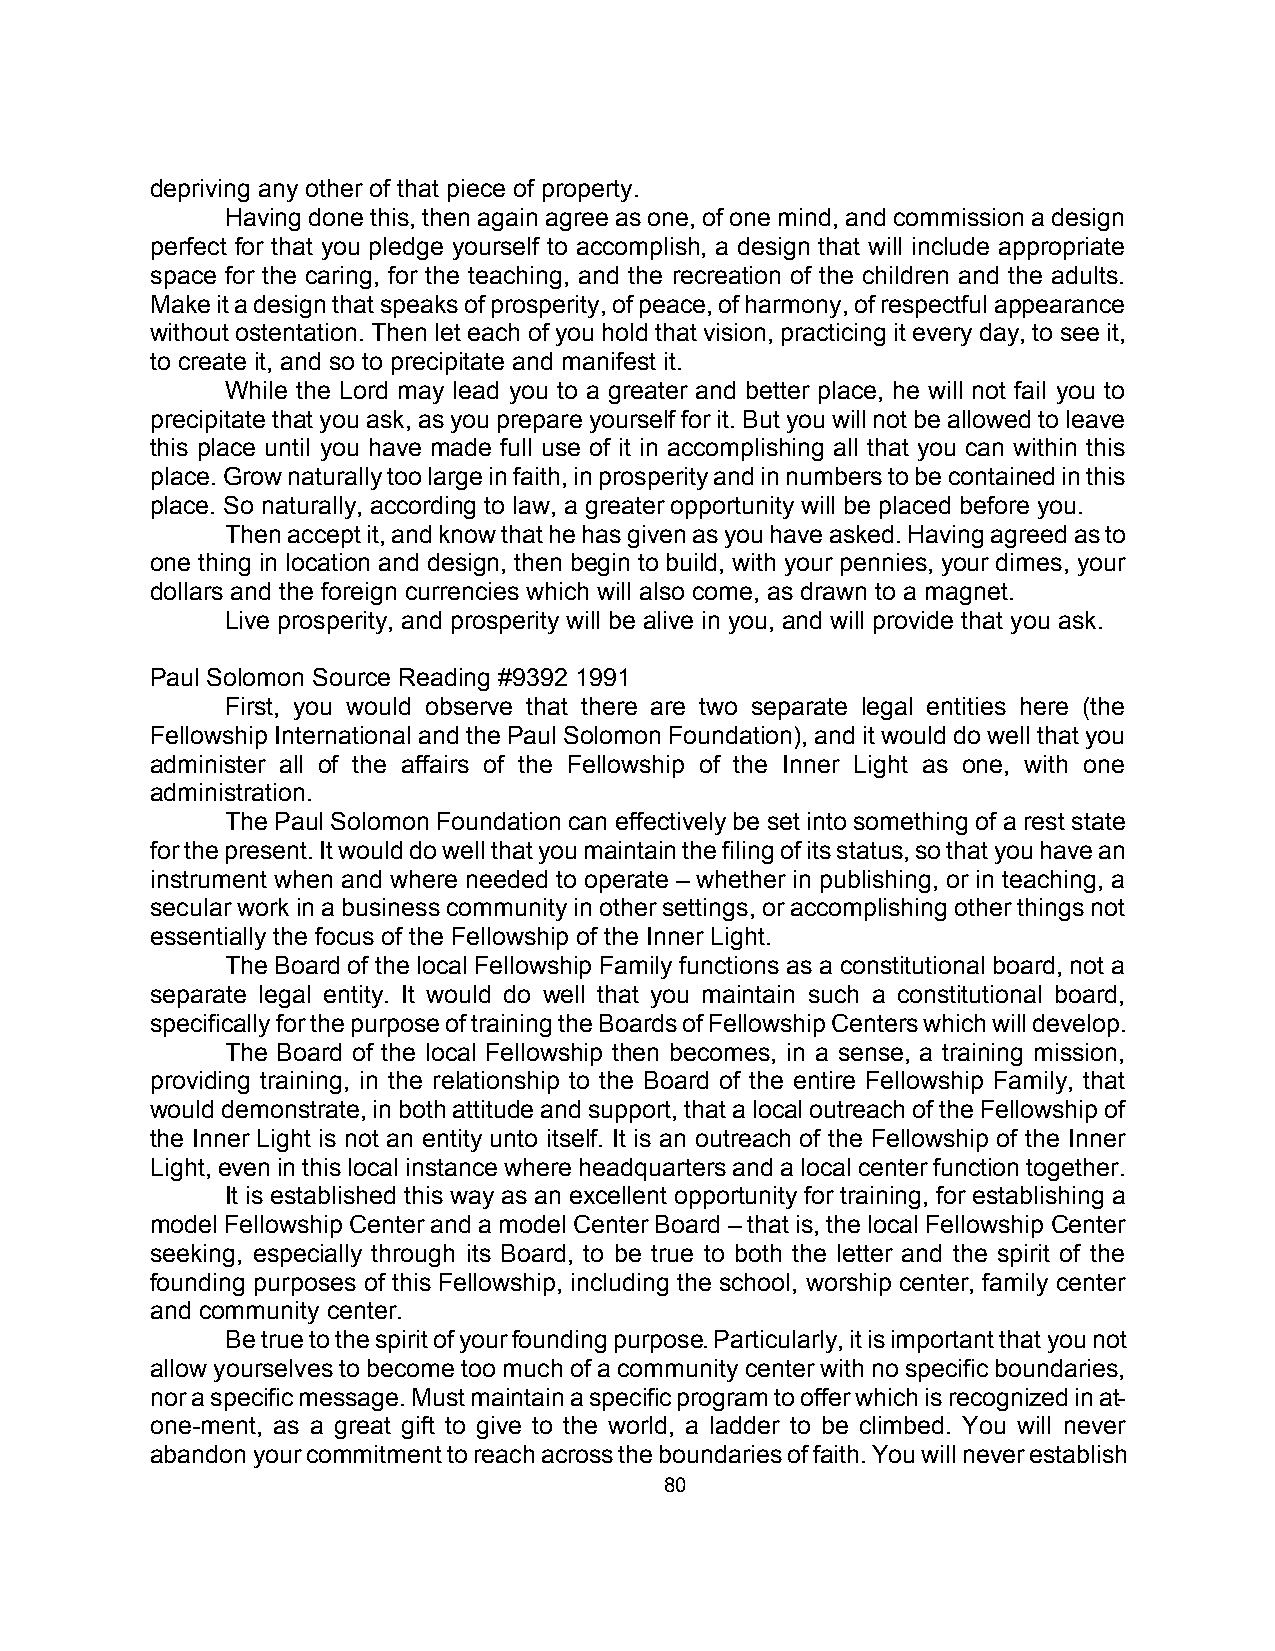
depriving any other of that piece of property.
 Having done this, then again agree as one, of one mind, and commission a design
 perfect for that you pledge yourself to accomplish, a design that will include appropriate
 space for the caring, for the teaching, and the recreation of the children and the adults.
 Make it a design that speaks of prosperity, of peace, of harmony, of respectful appearance
 without ostentation. Then let each of you hold that vision, practicing it every day, to see it,
 to create it, and so to precipitate and manifest it.
 While the Lord may lead you to a greater and better place, he will not fail you to
 precipitate that you ask, as you prepare yourself for it. But you will not be allowed to leave
 this place until you have made full use of it in accomplishing all that you can within this
 place. Grow naturally too large in faith, in prosperity and in numbers to be contained in this
 place. So naturally, according to law, a greater opportunity will be placed before you.
 Then accept it, and know that he has given as you have asked. Having agreed as to
 one thing in location and design, then begin to build, with your pennies, your dimes, your
 dollars and the foreign currencies which will also come, as drawn to a magnet.
 Live prosperity, and prosperity will be alive in you, and will provide that you ask.
 Paul Solomon Source Reading #9392 1991
 First, you would observe that there are two separate legal entities here (the
 Fellowship International and the Paul Solomon Foundation), and it would do well that you
 administer all of the affairs of the Fellowship of the Inner Light as one, with one
 administration.
 The Paul Solomon Foundation can effectively be set into something of a rest state
 for the present. It would do well that you maintain the filing of its status, so that you have an
 instrument when and where needed to operate – whether in publishing, or in teaching, a
 secular work in a business community in other settings, or accomplishing other things not
 essentially the focus of the Fellowship of the Inner Light.
 The Board of the local Fellowship Family functions as a constitutional board, not a
 separate legal entity. It would do well that you maintain such a constitutional board,
 specifically for the purpose of training the Boards of Fellowship Centers which will develop.
 The Board of the local Fellowship then becomes, in a sense, a training mission,
 providing training, in the relationship to the Board of the entire Fellowship Family, that
 would demonstrate, in both attitude and support, that a local outreach of the Fellowship of
 the Inner Light is not an entity unto itself. It is an outreach of the Fellowship of the Inner
 Light, even in this local instance where headquarters and a local center function together.
 It is established this way as an excellent opportunity for training, for establishing a
 model Fellowship Center and a model Center Board – that is, the local Fellowship Center
 seeking, especially through its Board, to be true to both the letter and the spirit of the
 founding purposes of this Fellowship, including the school, worship center, family center
 and community center.
 Be true to the spirit of your founding purpose. Particularly, it is important that you not
 allow yourselves to become too much of a community center with no specific boundaries,
 nor a specific message. Must maintain a specific program to offer which is recognized in at-
 one-ment, as a great gift to give to the world, a ladder to be climbed. You will never
 abandon your commitment to reach across the boundaries of faith. You will never establish
 80